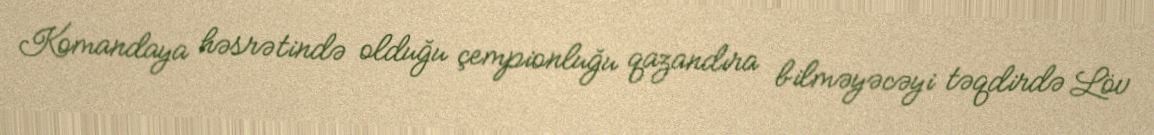
Komandaya həsrətində olduğu çempionluğu qazandıra bilməyəcəyi təqdirdə Löv